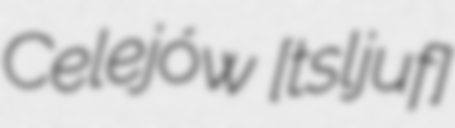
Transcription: Celejów [t͡sɛˈlɛjuf]